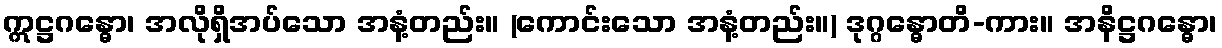
ဣဋ္ဌဂန္ဓော၊ အလိုရှိအပ်သော အနံ့တည်း။ (ကောင်းသော အနံ့တည်း။) ဒုဂ္ဂန္ဓောတိ-ကား။ အနိဋ္ဌဂန္ဓော၊